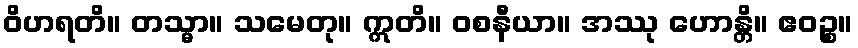
ဝိဟရတိ။ တသ္မာ။ သမေတု။ ဣတိ။ ဝစနီယာ။ အဿု ဟောန္တိ။ ဧဝဉ္စ။